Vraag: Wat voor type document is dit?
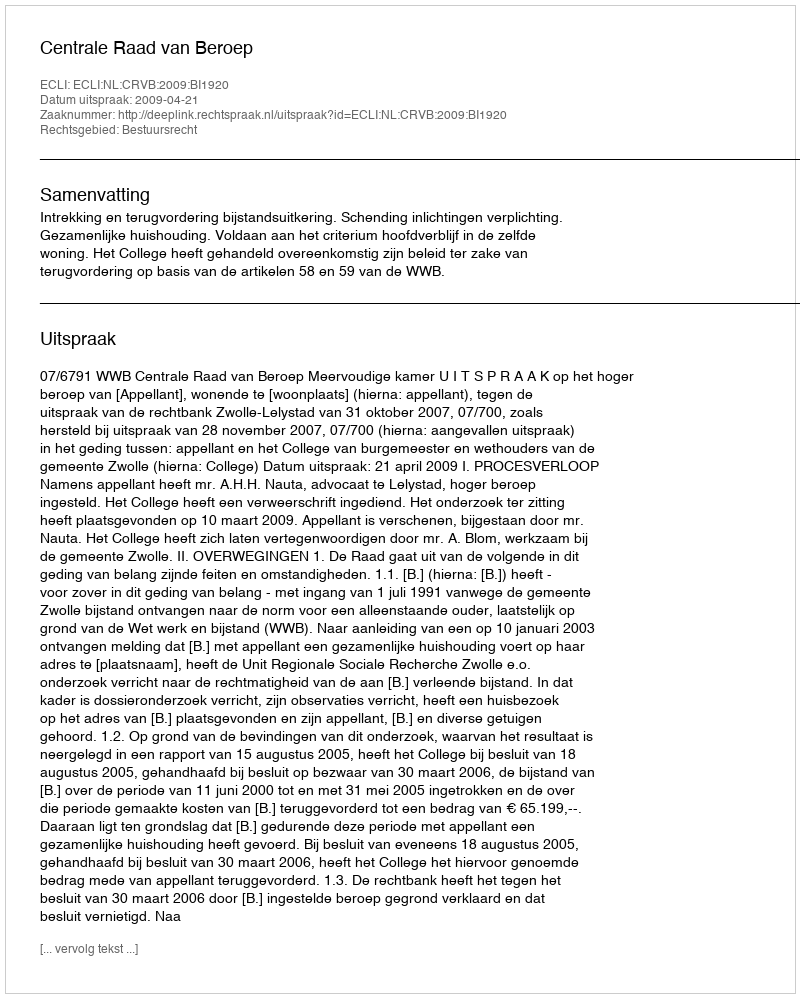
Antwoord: Uitspraak